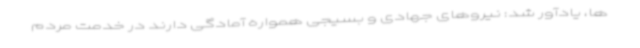
ها، یادآور شد: نیروهای جهادی و بسیجی همواره آمادگی دارند در خدمت مردم